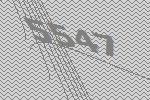
5547